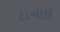
ટીઆઈ